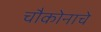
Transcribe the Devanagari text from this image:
चौकोनाचे